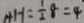
H H = \frac { 1 } { 2 } 8 = 4